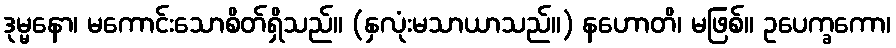
ဒုမ္မနော၊ မကောင်းသောစိတ်ရှိသည်။ (နှလုံးမသာယာသည်။) နဟောတိ၊ မဖြစ်။ ဥပေက္ခကော၊